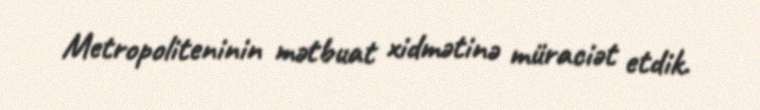
Metropoliteninin mətbuat xidmətinə müraciət etdik.